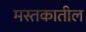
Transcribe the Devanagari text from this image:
मस्तकातील